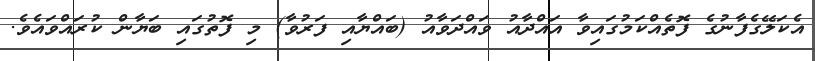
އެކަލޭގެފާނުގެ ފޮތެއްކަމުގައިވާ އައްދާއު ވައްދަވާއު (ބައްޔާއި ފަރުވާ) މި ފޮތުގައި ބަޔާން ކުރައްވައެވެ.